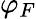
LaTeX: \varphi_{F}